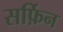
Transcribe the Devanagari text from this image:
सर्फ़िन